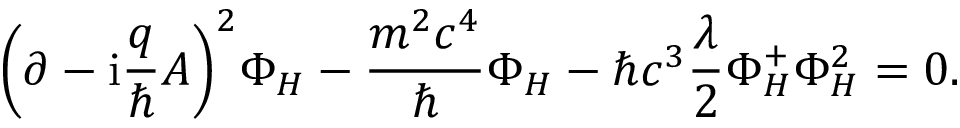
\left( \partial - \mathrm { i } \frac { q } { \hbar } A \right) ^ { 2 } \! \Phi _ { H } - \frac { m ^ { 2 } c ^ { 4 } } { \hbar } \Phi _ { H } - \hbar c ^ { 3 } \frac { \lambda } { 2 } \Phi _ { H } ^ { + } \Phi _ { H } ^ { 2 } = 0 .